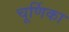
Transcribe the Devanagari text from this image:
चूर्णिका